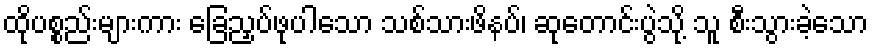
ထိုပစ္စည်းများကား ခြေညှပ်ဖုပါသော သစ်သားဖိနပ်၊ ဆုတောင်းပွဲသို့ သူ စီးသွားခဲ့သော